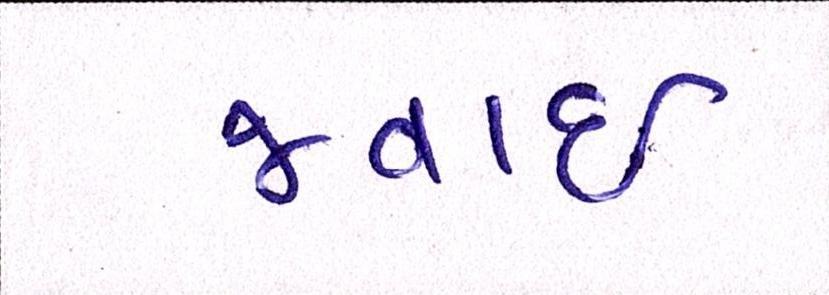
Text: જવાઇ